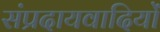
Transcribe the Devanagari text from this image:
संप्रदायवादियों